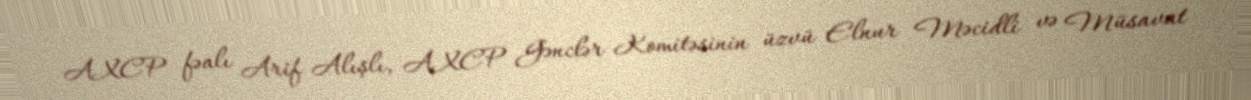
AXCP fəalı Arif Alışlı, AXCP Gənclər Komitəsinin üzvü Elnur Məcidli və Müsavat